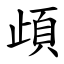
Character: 頉